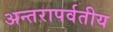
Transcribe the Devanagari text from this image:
अन्तरापर्वतीय